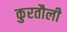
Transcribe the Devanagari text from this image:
कुरतौली